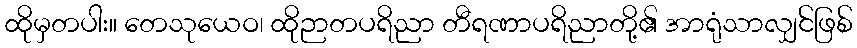
ထိုမှတပါး။ တေသုယေဝ၊ ထိုဉာတပရိညာ တီရဏာပရိညာတို့၏ အာရုံသာလျှင်ဖြစ်